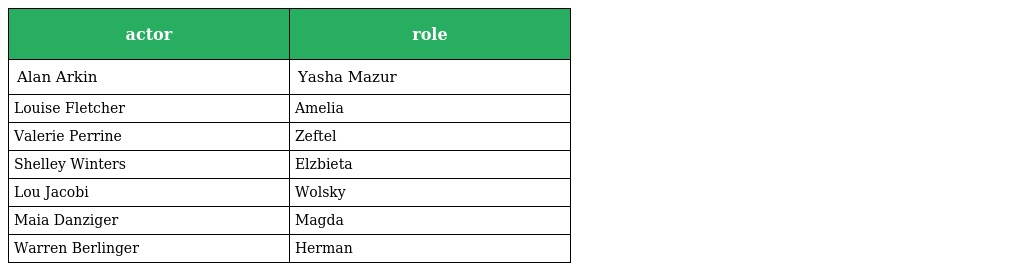
| actor | role |
 | --- | --- |
 | Alan Arkin | Yasha Mazur |
 | Louise Fletcher | Amelia |
 | Valerie Perrine | Zeftel |
 | Shelley Winters | Elzbieta |
 | Lou Jacobi | Wolsky |
 | Maia Danziger | Magda |
 | Warren Berlinger | Herman |